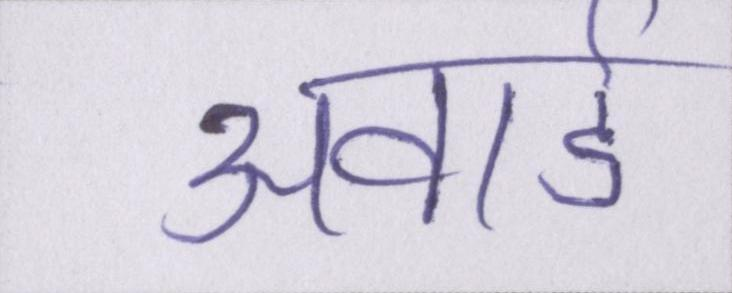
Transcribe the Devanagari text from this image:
अवार्ड